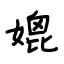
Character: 媲